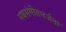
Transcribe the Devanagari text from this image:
नवसंगीतसर्जना